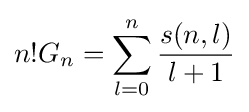
n!G_{n}=\sum _{l=0}^{n}{\frac {s(n,l)}{l+1}}